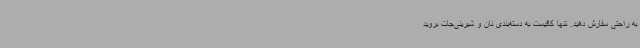
به راحتی سفارش دهید. تنها کافیست به دسته‌بندی نان و شیرینی‌جات بروید